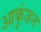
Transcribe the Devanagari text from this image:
आकुंजन